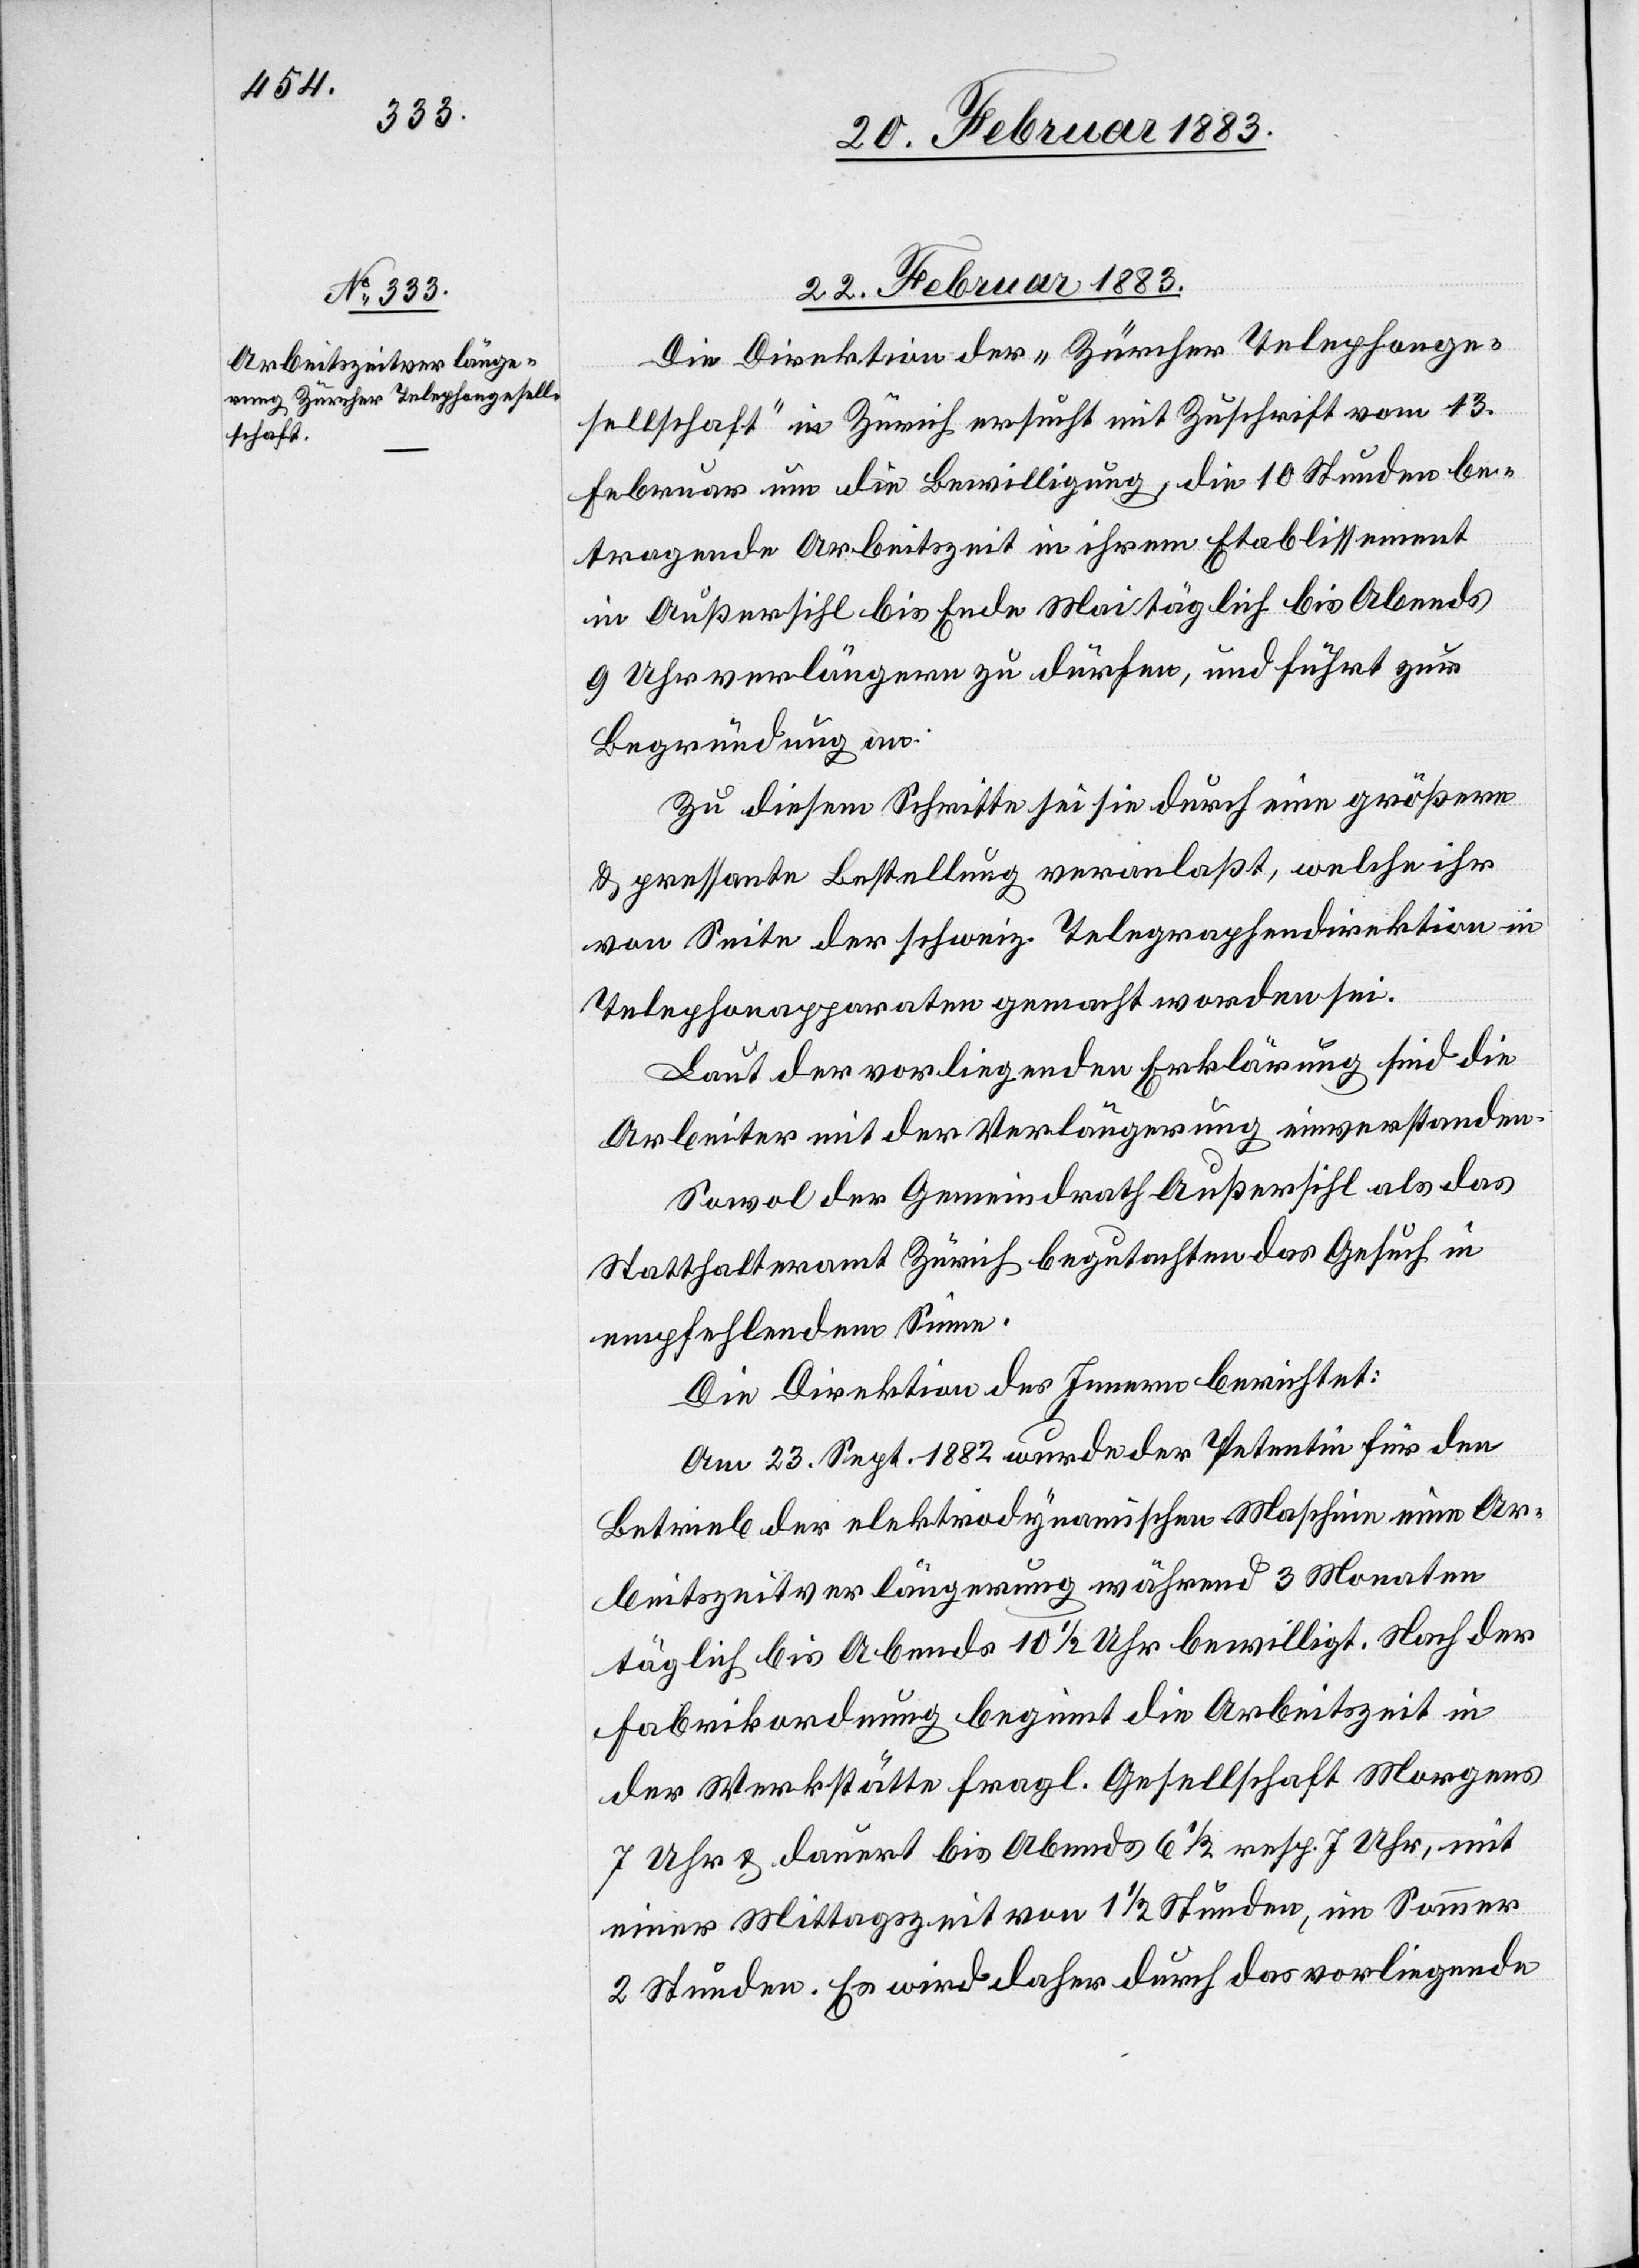
22. Februar 1883.
Die Direktion der „Zürcher Telephonge¬
sellschaft“ in Zürich ersucht mit Zuschrift vom 13.
Februar um die Bewilligung, die 10 Stunden be¬
tragende Arbeitszeit in ihrem Etablissement
in Außersihl bis Ende Mai täglich bis Abends
9 Uhr verlängern zu dürfen, und führt zur
Begründung an:
Zu diesem Schritte sei sie durch eine größere
& pressante Bestellung veranlaßt, welche ihr
von Seite der schweiz. Telegraphendirektion in
Telephonapparaten gemacht worden sei.
Laut der vorliegenden Erklärung sind die
Arbeiter mit der Verlängerung einverstanden.
Sowol der Gemeindrath Außersihl als das
Statthalteramt Zürich begutachten das Gesuch in
empfehlendem Sinne.
Die Direktion des Innern berichtet:
Am 23. Sept. 1882 wurde der Petentin für den
Betrieb der elektrodynamischen Maschine eine Ar¬
beitszeitverlängerung während 3 Monaten
täglich bis Abends 10 1/2 Uhr bewilligt. Nach der
Fabrikordnung beginnt die Arbeitszeit in
der Werkstätte fragl. Gesellschaft Morgens
7 Uhr & dauert bis Abends 6 1/2 resp. 7 Uhr, mit
einer Mittagszeit von 1 1/2 Stunden, im Sommer
2 Stunden. Es wird daher durch das vorliegende